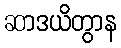
ဆာဒယိတွာန